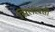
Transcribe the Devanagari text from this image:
सिलाक्सी